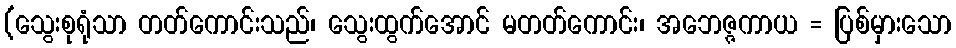
(သွေးစုရုံသာ တတ်ကောင်းသည်၊ သွေးထွက်အောင် မတတ်ကောင်း၊ အဘေဇ္ဇကာယ = ပြစ်မှားသော